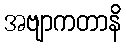
အဗျာကတာနိ